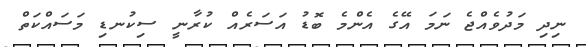
ނިދި މަދުވެއްޖެ ނަމަ އޭގެ އެންމެ ބޮޑު އަސަރެއް ކުރާނީ ސިކުނޑި މަސައްކަތް